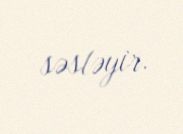
səsləyir.